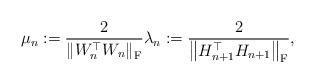
LaTeX: \begin{align*}\mu_n := \frac{2}{\left\| W_n^\top W_n \right\|_{\mathrm{F}}} \lambda_n := \frac{2}{\left\| H_{n+1}^\top H_{n+1} \right\|_{\mathrm{F}}},\end{align*}